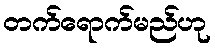
တက်ရောက်မည်ဟု